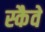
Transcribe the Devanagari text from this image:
स्कैवे